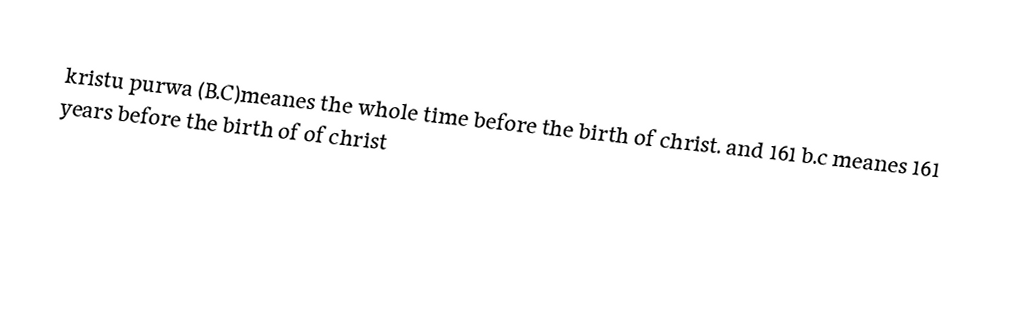
kristu purwa (B.C)meanes the whole time before the birth of christ. and 161 b.c meanes 161 years before the birth of of christ